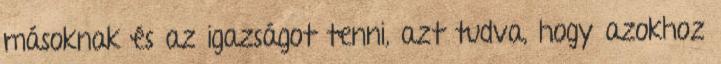
másoknak és az igazságot tenni, azt tudva, hogy azokhoz